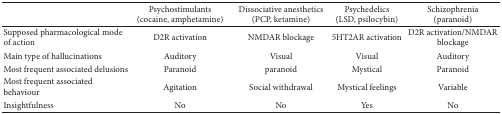
<table><thead><tr><td><b> </b></td><td><b>Psychostimulants (cocaine, amphetamine)</b></td><td><b>Dissociative anesthetics(PCP, ketamine)</b></td><td><b>Psychedelics(LSD, psilocybin)</b></td><td><b>Schizophrenia(paranoid)</b></td></tr></thead><tbody><tr><td>Supposed pharmacological mode of action</td><td>D2R activation</td><td>NMDAR blockage</td><td>5HT2AR activation</td><td>D2R activation/NMDAR blockage</td></tr><tr><td>Main type of hallucinations</td><td>Auditory </td><td>Visual </td><td>Visual </td><td>Auditory </td></tr><tr><td>Most frequent associated delusions</td><td>Paranoid </td><td>paranoid</td><td>Mystical </td><td>Paranoid </td></tr><tr><td>Most frequent associated behaviour</td><td>Agitation</td><td>Social withdrawal</td><td>Mystical feelings</td><td>Variable </td></tr><tr><td>Insightfulness</td><td>No </td><td>No </td><td>Yes </td><td>No </td></tr></tbody></table>